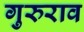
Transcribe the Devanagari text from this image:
गुरुराव